Medical and sanitary report of the native army of Bengal for the year
Year: 1875
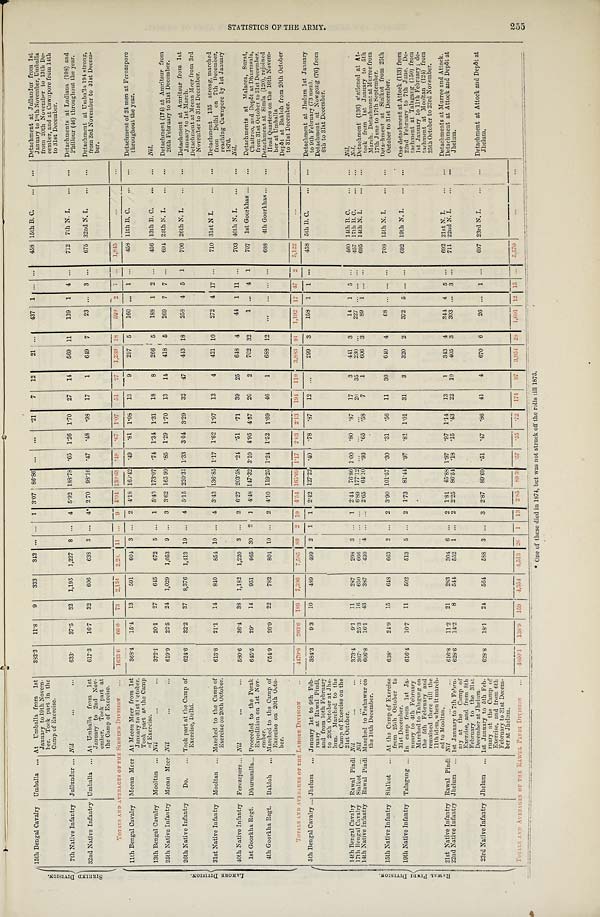
S I R H I N D D I V I S I O N .
15th Bengal Cavalry Umballa ... At Umballa from 1st
January to 19th Novem-
ber. Took part in the
Camp of Exercise.
383.3 11.8 9
333
312 ... ... 1 3.07 86.86 ... ... .21
7 12
21 ...
437 1 ... ...
458 15th B. C. ... ... Detachment at Jullundur from 1st
January to 19th November, Umballa
from 20th November to 13th De-
c e m b e r , a n d a t C a w n p o r e f r o m 1 4 t h
to 31st December.
7th Native Infantry Jullundur ... Nil
...
...
633.
37.5 32 1,195 1,227 8 ... 4 5.92 188.78 .65 1.26 1.70 27 14
569 11
139 1 4 ...
712 7th N. I. ... ... Detachments at Ludiana (108) and
Phillour (46) throughout the year.
32nd Native Infantry Umballa ... At Umballa from 1st
January to 2nd Nov-
ember. Took part at
the Camp of Exercise.
617.3 16.7 32
606
638 3 ... 4* 2.70 98.16 .47
. 4 8 .98 17
1
649 7
23 ... 3 ...
675 32nd N. I. ... ... Detachment at Umballa 194 strong,
from 3rd November to 31st Decem-
ber.
L A H O R E D I V I S I O N .
TOTALS AND AVERAGES OF THE SIRHIND DIVISION.
... 1633.6 66.0
7 3 2,134 2,20 11 . . . 9 4. 04 130.63 49 .67
1 . 0 7 5 1
2 7 1,239 18 599 2 7 . . . 1,845 ...
...
11th Bengal Cavalry Meean Meer At Meean Meer from 1st
January to 31st October.
Took part at the Camp
of Exercise.
368.4 15.4 13
591
604 3 ... 2 4.18 160.42 .49 .81 1.08 13
9
297 5
160 ... 1 ...
458 11th B. C. ... ... Detachment of 24 men at Ferozepore
throughout the year.
13th Bengal Cavalry Mooltan ... Nil
...
. . .
3 7 2 . 1 20.1 27
645
672 5 ... 1 5.40 173.07 .74 1.34 1.31 18
8
266 5
188 1 2 . . . 456 13th B. C. ... ... Nil.
25th Native Infantry Meean Meer Nil
...
. . . 619.9 22.5 24 1,029 1,053 9 ... 3 3.62 165.99 .85 1.29 1.70 13 14 418 5
269 7 7 ...
694 25th N. I. ... ... Detachment (174) at Amritsur from
26th February to 31st December.
26th Native Infantry Do. ... Took part at the Camp of
Exercise, Delhi.
624.6 32.2 37 8,376 1,413 19 ... 4 5.15 220.31 1.33 3.04 3.29 32 47
443 18
258 4 5 1
706 26th N. I. ... ... Detachment at Amritsur from 1st
January to 1st March.
Detachment at Meean Meer from 3rd
November to 31st December.
31st Native Infantry Mooltan ... Marched to the Camp of
Exercise on 20th October.
613.8 21.1 14
840 854 10 ... 4 3.43 136.85 1.17 1.62 1.97 13
4 421 10
272 4 17 . . . 710 31st N I.
... ... Detachment 135 strong, marched
from Delhi on 7th December,
reaching Cawnpore by 1st January
1876.
40th Native Infantry Ferozepore . . . Nil
...
. . . 580.6
3 6 . 4 38 1,182 1,220 3 ... 2 6.27 203.58 .24 .51
. 7 1 39 25
648 4
44 1 11 . . . 703 40th N. I. ... ... Nil.
1st Goorkha Regt. Dhurmsalla . . . Proceeded to the Perak
Expedition on 1st Nov-
ember.
645.5 29. 14
951
965 30 2 1 4. 48 147.32 3.10 4.95 4.57 20
2
702 32
1 ... 4 1
707 1st Goorkhas ... ... Detachments at Malacca, Surat, C h a i t r o o , a n d D e p ô t a t D h u r m s a l a ,
from 31st October to 31st December.
4th Goorkha Regt. Bakloh ... Marched to the Camp of
Exercise on 20th Octo-
ber.
654.9 26.9 22
782
804 10 ... 2 4.10 119.25 1.24 1.52 1.69 46
1
688 12
. . .
. . .
. . .
. . . 688 4th Goorkhas ...
...
Detachment at Simla (120), rejoined
Head Quarters on the 16th Novem-
ber at Umballa
Depôt at Bakloh from 20th October
to 31st December.
R A W A L P I N D I D I V I S I O N .
T O T A L S A N D A V E R A G E S O F T H E L A H O R E D I V I S I O N
. . . 4479.8 203.6 189 7,396 7,585 8 9 2 19 4. 54 165. 09 1.17 2. 03 2.13 194 110 3,883
9 1 1,192 17 4 7 2 5,122 ...
...
5th Bengal Cavalry ... Jhelum ... January 1st to 9th Feb-
ruary at Rawal Pindi,
and from 10th February
to 20th October at Jhe-
lum. Marched to the
Camp of Exercise on the
21st October.
384.3
9.3 10
489 499 2 1 1 2.42 127.22 .40 .78
. 8 7 12 ...
299 3
158 1 1 ...
458 5th B. C.
... ... Detachment at Jhelum 1st January
to 9th February (73 men).
Detachment at Nowgong (76) from
6th to 31st December.
14th Bengal Cavalry Rawal Pindi Nil
...
...
373.4
9.1 11
287
298 3 ... 1 2.44 76.86 1.00 .80 .87 17
3
441 3
14 1
5 . . . 460 14th B. C.
... ... Nil.
17th Bengal Cavalry Sialkot ... Nil
...
...
367.
25.3 16
650
666 ... ...
. . .
6.89 177.12 ... ... ...
20 35
230 ...
227 . . . ...
. . . 457 17th B. C.
. . . ...
Nil.
14th Native Infantry Rawal Pindi Marched to Peshawur on
the 10th December.
606.8 16.1 43
387
430 4 ... ... 2.65 64.10 .93 .65 .58
7
1
606 3
89 1 . . . . . .
695 14th N. I.
... ... Detachment (136) stationed at At-
took from 1st January to 5th
March. Detachment at Murree from
17th June to 17th September.
15th Native Infantry Sialkot ... At the Camp of Exercise
from 25th October to
31st December.
638.
24.9 15
648
663 2 ... 2 3.90 101.57 .30 .31 .56 11 30
640 4
68 . . . . . . . . . 708 15th N. I.
... ... Detachment at Sialkot from 25thO c t o b e r t o 3 1 s t D e c e m b e r .
19th Native Infantry Talagang ... In camp from 1st Ja-
nuary to 4th February
Marched to Talagang on
the 5th February and
remained there till the
1 1 t h i d e m, wh e n i t ma r c h -
ed to Mooltan.
616.4 10.7 11
502
513 5 ... 2 1.73 81.44 .97 .81 1.01 31
3
320 2
372
5
... . . . 692 19th N. I.
. . .
. . . One detachment at Attock (113) from
22nd February to 7th June. De-
tachment at Talagang (150) from
1st January to 11th February ; de-
tachment at Mooltan (124) from
25thOctober to 23rd November.
21st Native Infantry Rawal Pindi Nil
. . . ...
6 1 6 . 8 11.2 21
283
304 6 ... 2 1.81 45.88 1.97 .97 1.14 13
1
343 4 344 4 5 ...
692 21st N. I.
. . . ...
Detachments at Murree and Attock.
22nd Native Infantry Jhelum ... 1st January to 7th Febru-
ary at the Camp of
Exercise, and from 8th
February to the 31st
December at Jhelum.
628.6 14.2 8
544
552 1 ... 2 2.25 86.54 .18 .15 .43 22 10
405 3
303 ... 3 ...
711 22nd N. I.
...
. . . Detachment at Attock and Depôt at
Jhelum.
23rd Native Infantry Jhelum ... 1st January to 5th Feb-
ruary at the Camp of
Exercise, and from 6th
February to 31st Decem-
ber at Jhelum.
628.8 18.1 24 564 588
3
... 3 2.87 89.69 .51 .47 .86 41
4
670 6
26 ... 1 ...
697 23rd N. I.
... ... Detachment at Attock and Depôt at
Jhelum.
TOTALS AND AVERAGES OF THE RAWUL PINDI DIVISION
. . . 4860.1 138.9 159 4,354 4,513 26 1 13
2 . 8 5 89.59
. 5 7 .55
. 7 2 174
8 7 3,954
2 8 1,601 12 15
. . . 5,570 ...
. . .
S T A T I S T I C S O F T H E A R M Y .
255